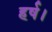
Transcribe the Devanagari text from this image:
हर्ष।